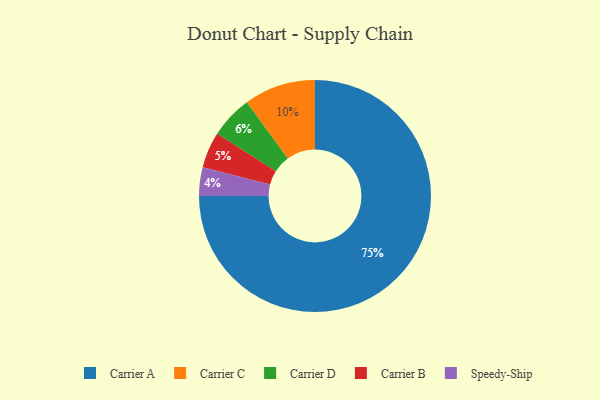
{"axis": {"x": "Category", "y": "Percentage"}, "legend": ["Carrier A", "Carrier B", "Carrier C", "Carrier D", "Speedy-Ship"], "data": [{"x": "Carrier A", "y": 75, "type": "Carrier A"}, {"x": "Carrier B", "y": 5, "type": "Carrier B"}, {"x": "Carrier D", "y": 6, "type": "Carrier D"}, {"x": "Speedy-Ship", "y": 4, "type": "Speedy-Ship"}, {"x": "Carrier C", "y": 10, "type": "Carrier C"}]}